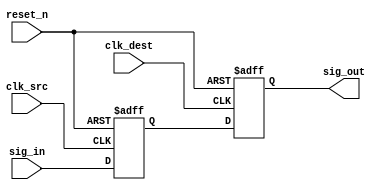
module signal_level_crossing_synchronizer #(
    parameter WIDTH = 1 // Width of the input signal
)(
    input wire clk_src,           // Source clock
    input wire clk_dest,          // Destination clock
    input wire reset_n,           // Active low asynchronous reset
    input wire [WIDTH-1:0] sig_in, // Input signal to synchronize
    output reg [WIDTH-1:0] sig_out // Synchronized output signal
);

    // Internal registers for the dual flip-flop synchronizer
    reg [WIDTH-1:0] sync_ff1; // First stage flip-flop
    reg [WIDTH-1:0] sync_ff2; // Second stage flip-flop

    // First flip-flop sampling the input signal on source clock
    always @(posedge clk_src or negedge reset_n) begin
        if (!reset_n) begin
            sync_ff1 <= {WIDTH{1'b0}}; // Reset to known state
        end else begin
            sync_ff1 <= sig_in; // Sample input signal
        end
    end

    // Second flip-flop sampling the first stage output on destination clock
    always @(posedge clk_dest or negedge reset_n) begin
        if (!reset_n) begin
            sig_out <= {WIDTH{1'b0}}; // Reset to known state
        end else begin
            sig_out <= sync_ff1; // Sample the first flip-flop output
        end
    end

endmodule